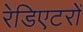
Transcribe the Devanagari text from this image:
रेडिएटरों